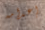
إعدامه